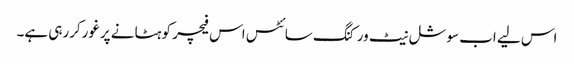
اس لیے اب سوشل نیٹ ورکنگ سائٹس اس فیچر کو ہٹانے پرغورکررہی ہے۔